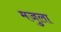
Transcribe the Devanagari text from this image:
मजुला